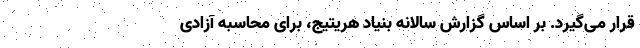
قرار می‌گیرد. بر اساس گزارش سالانه بنیاد هریتیج، برای محاسبه آزادی